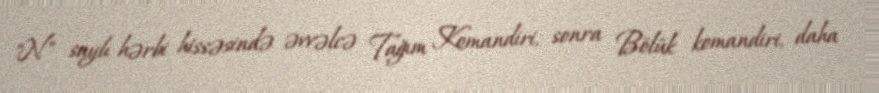
"N" saylı hərbi hissəsində əvvəlcə Tağım Komandiri, sonra Bölük komandiri, daha